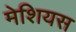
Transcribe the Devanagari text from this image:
मेशियस